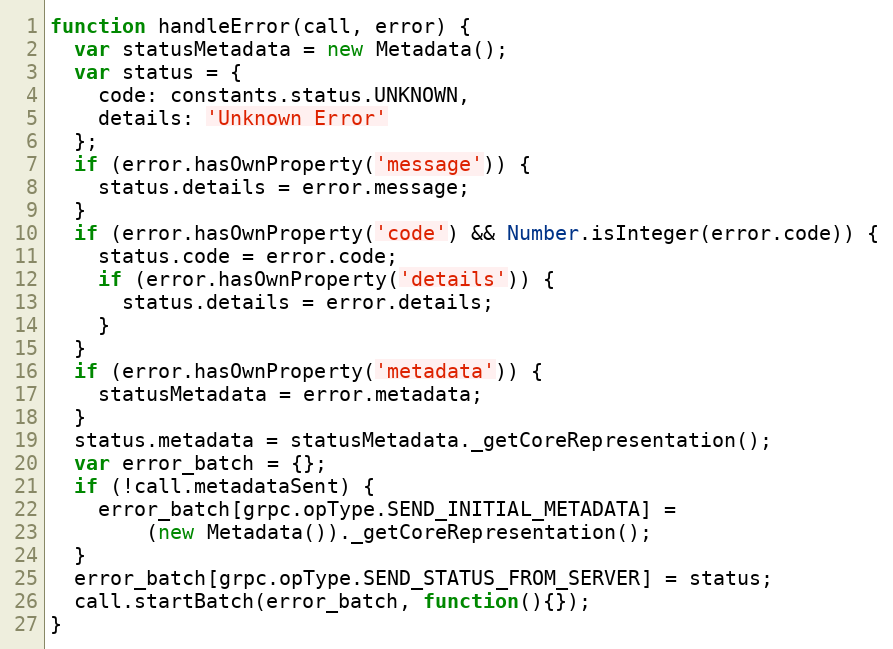
Language: JavaScript
function handleError(call, error) {
  var statusMetadata = new Metadata();
  var status = {
    code: constants.status.UNKNOWN,
    details: 'Unknown Error'
  };
  if (error.hasOwnProperty('message')) {
    status.details = error.message;
  }
  if (error.hasOwnProperty('code') && Number.isInteger(error.code)) {
    status.code = error.code;
    if (error.hasOwnProperty('details')) {
      status.details = error.details;
    }
  }
  if (error.hasOwnProperty('metadata')) {
    statusMetadata = error.metadata;
  }
  status.metadata = statusMetadata._getCoreRepresentation();
  var error_batch = {};
  if (!call.metadataSent) {
    error_batch[grpc.opType.SEND_INITIAL_METADATA] =
        (new Metadata())._getCoreRepresentation();
  }
  error_batch[grpc.opType.SEND_STATUS_FROM_SERVER] = status;
  call.startBatch(error_batch, function(){});
}